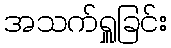
အသက်ရှူခြင်း